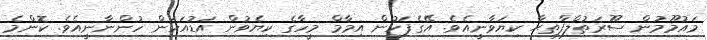
މައުމޫމުން ސޫރަތުލްފާތިޙާ ކިޔަވާނީއެވެ. އޭގެފަހުން އިމާމް މީހާގެ ކިޔެވުން އަޑުއަހަން ހުންނާނީއެވެ. ކޮންމެ